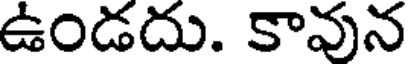
ఉండదు. కావున